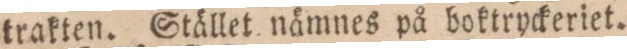
trakten. Stället nämnes på boktryckeriet.